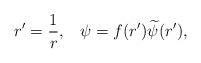
LaTeX: \begin{align*}r'={1\over r},\;\;\;\psi=f(r'){\widetilde{\psi}}(r'),\end{align*}